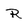
Character: R